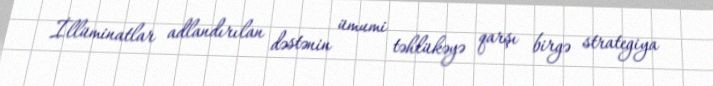
İllüminatlar adlandırılan dəstənin ümumi təhlükəyə qarşı birgə strategiya